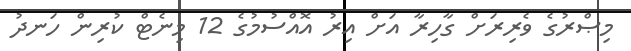
މިޞްރުގެ ވެރިރަށް ގާހިރާ އަށް އިރު އޮއްސުމުގެ 12 މިނެޓް ކުރިން ހަނދު